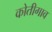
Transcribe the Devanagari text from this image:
कोतीगाव